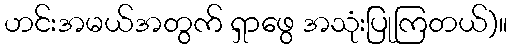
ဟင်းအမယ်အတွက် ရှာဖွေ အသုံးပြုကြတယ်)။